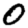
Digit: 0